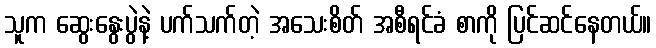
သူက ဆွေးနွေးပွဲနဲ့ ပက်သက်တဲ့ အသေးစိတ် အစီရင်ခံ စာကို ပြင်ဆင်နေတယ်။